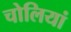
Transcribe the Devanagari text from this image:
चोलियां